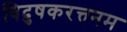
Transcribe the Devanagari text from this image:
विदुषकरत्तनम